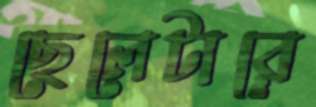
ছেলেটারে